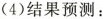
(4)结果预测：